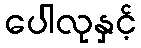
ပေါလုနှင့်